Statistical return of the lunatic asylum in Assam - 1912-1932
Year: 1912
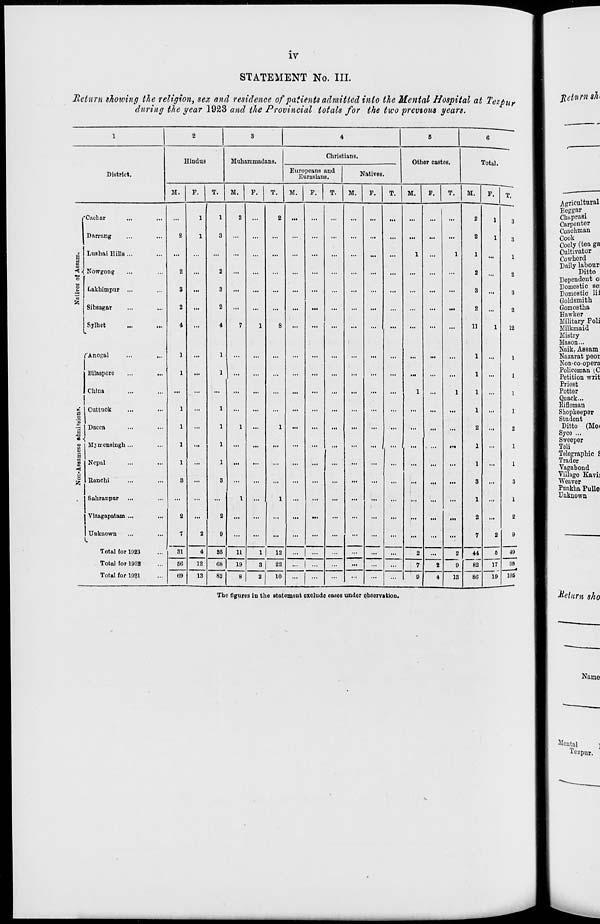
IV
STATEMENT No. III.
Return showing the religion, sex and residence of patients admitted into the Mental Hospital at Tezpu?
during the year 1923 and the Provincial totals for the two previous years.
1
2
3
4
5
6
Hindus
Muharnmadans.
Christians.
Other castes.
Total.
District.
Europeans and
Eurasians.
Natives.
M.
F.
T.
M.
F.
T.
M.
P.
T.
M.
F.
T.
M.
F.
T.
M.
F.
T.
fCiiclnr
...
1
1
2
...
2
...
...
...
...
...
...
...
...
...
2
1
3
1 Dnrrang
2
1
3
...
...
...
...
...
...
...
...
...
...
...
...
2
1
3
i
o
Lushai Hills ...
...
...
1
1
1
1
Nowgong
.„
Lakhimpur ...
2
9
...
2
3
...
...
...
...
...
...
...
...
...
...
...
...
2
8
...
2
3
S5 Sibsagar
2
...
2
...
...
...
...
...
...
...
...
...
...
...
...
2
...
2
1 Sylhct ... i.. 4 ... 4 7 1 8 ... ... ... ... ... ... ... ... ... 11 1 12
fAnogol
1
...
1
...
...
...
...
...
...
...
...
...
...
...
...
1
...
1
Bilaspore
1
...
1
...
...
...
...
...
...
...
...
...
...
...
...
1
...
1
China
...
...
...
...
...
...
...
...
•"
...
1
...
1
1
...
1
e o
1
« ■
Cuttuck
1
...
1
...
...
...
...
1
1
1
Dacca
1
1
1
1
...
2
...
2
1
MjKcnaingh...
1
...
1
...
...
...
,„
1
1
S
o
Nepal
Ranchi
1
8
...
1
3
...
...
...
...
...
...
...
...
...
...
...
...
1
3
...
1
3
Sahranpur ...
Vizagapatam ...
Unknown
I.
2
7
31
2
2
9
1
...
1
...
...
...
...
...
...
...
...
...
1
2
7
2
1
2
9
Total for 1923
4
85
11
1
12
... | ...
...
...
...
2
...
2
9
44
82
6
49
Total for 1922
6G
12
13
68
19
3 | 22
... | ...
...
...
...
...
7
2
17
09
Totul for 1021
139
82
8
2
10
...
...
...
...
...
...
9
4
13
80
19 105
The figures in the statement exclude cases under observation.